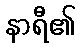
နာရီ၏